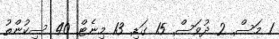
1 މަސް